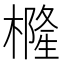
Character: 𭬇